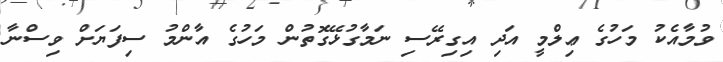
ވުމާއެކު މަހުގެ ޢިލްމީ އަދި އިގިރޭސި ނަމާގުޅޭގޮތުން މަހުގެ އާންމު ސިފަޔަށް ވިސްނާ